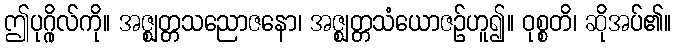
ဤပုဂ္ဂိုလ်ကို။ အဇ္ဈတ္တသညောဇနော၊ အဇ္ဈတ္တသံယောဇဉ်ဟူ၍။ ဝုစ္စတိ၊ ဆိုအပ်၏။